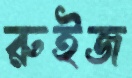
রুইজ